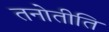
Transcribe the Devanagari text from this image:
तनोतीति